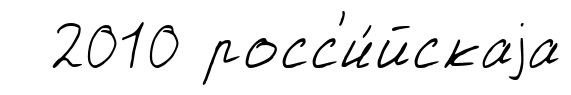
2010 росс'и́йскаjа